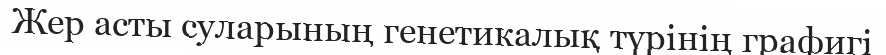
Жер асты суларының генетикалық түрінің графигі